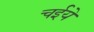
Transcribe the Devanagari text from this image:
चईये